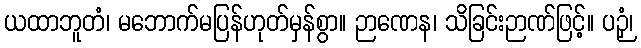
ယထာဘူတံ၊ မဘောက်မပြန်ဟုတ်မှန်စွာ။ ဉာဏေန၊ သိခြင်းဉာဏ်ဖြင့်။ ပဉှံ၊